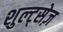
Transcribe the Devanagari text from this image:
शुल्ट्सेज़